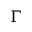
\Gamma